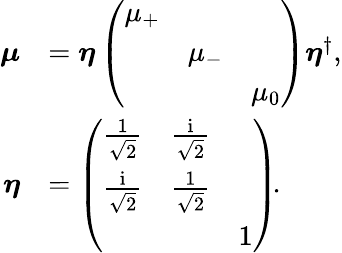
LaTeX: \begin{array}{rl}{\boldsymbol{\mu}}&{=\boldsymbol{\eta}\left(\begin{array}{lll}{\mu_{+}}&&\\ &{\mu_{-}}&\\ &&{\mu_{0}}\end{array}\right)\boldsymbol{\eta}^{\dagger},}\\ {\boldsymbol{\eta}}&{=\left(\begin{array}{lll}{\frac{1}{\sqrt{2}}}&{\frac{\mathrm{i}}{\sqrt{2}}}&\\ {\frac{\mathrm{i}}{\sqrt{2}}}&{\frac{1}{\sqrt{2}}}&\\ &&{1}\end{array}\right)\! .}\end{array}